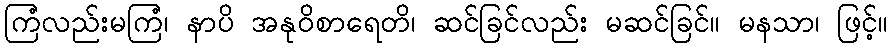
ကြံလည်းမကြံ၊ နာပိ အနုဝိစာရေတိ၊ ဆင်ခြင်လည်း မဆင်ခြင်။ မနသာ၊ ဖြင့်။